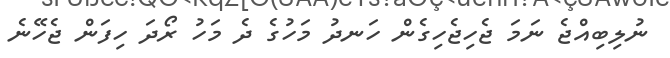
ނުލިބިއްޖެ ނަމަ ޖެހިޖެހިގެން ހަނދު މަހުގެ ދެ މަހު ރޯދަ ހިފަން ޖެހޭނެ